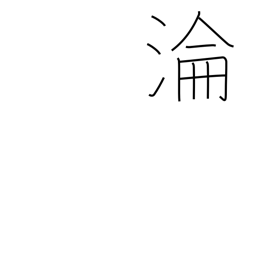
Meaning: ripple